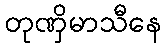
တုဏှိမာသီနေ